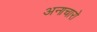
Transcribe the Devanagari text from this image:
अनाचारो